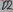
Text: D2